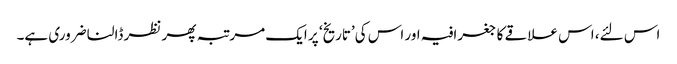
اس لئے، اس علاقے کا جغرافیہ اور اس کی’تاریخ‘ پر ایک مرتبہ پھر نظر ڈالنا ضروری ہے۔